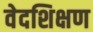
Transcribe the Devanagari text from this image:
वेदशिक्षण